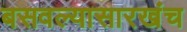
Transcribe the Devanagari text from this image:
बसवल्यासारखंच